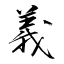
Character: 義